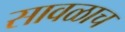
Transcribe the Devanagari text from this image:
सावळाच